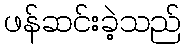
ဖန်ဆင်းခဲ့သည်